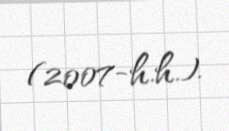
(2007-h.h.).